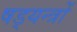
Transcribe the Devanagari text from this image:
षड्‍यन्त्रों